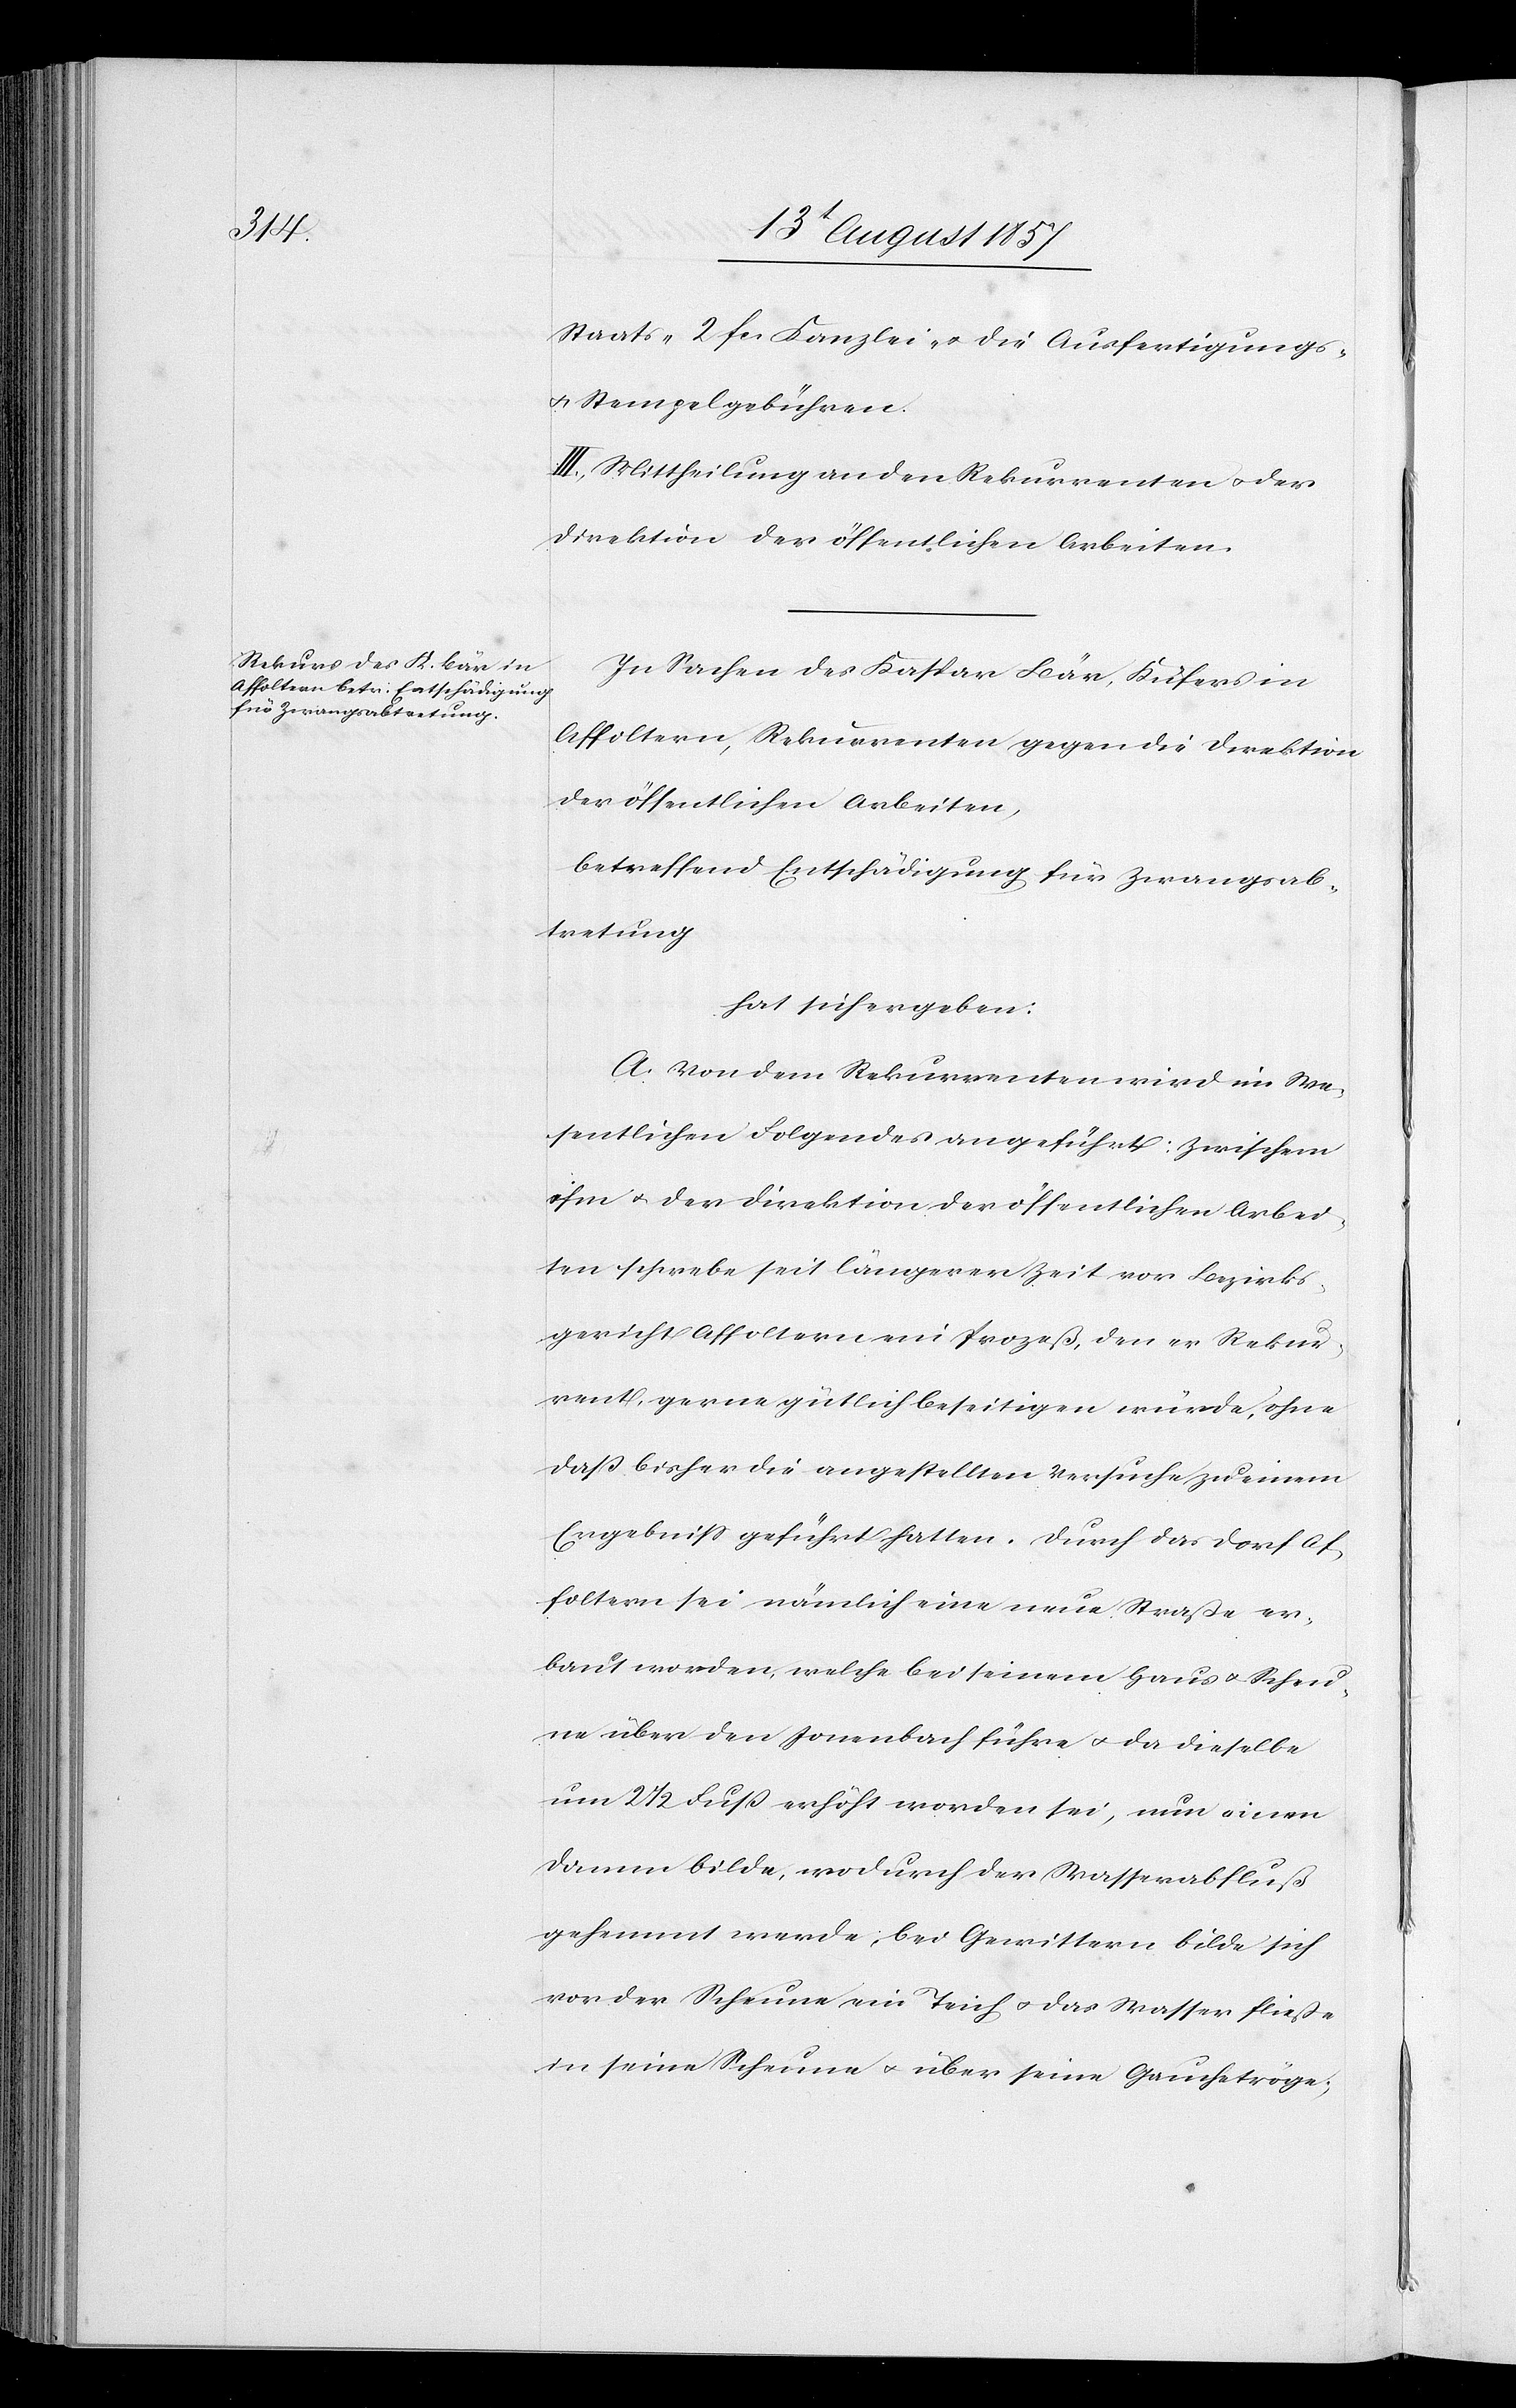
Staats-[,] 2 fcs Kanzlei- & die Ausfertigungs-
& Stempelgebühren.
III. Mittheilung an den Rekurrenten & der
Direktion der öffentlichen Arbeiten.
In Sachen des Kaspar Bär, Küfers in
Affoltern, Rekurrenten gegen die Direktion
der öffentlichen Arbeiten,
betreffend Entschädigung für Zwangsab¬
tretung
hat sich ergeben:
A. Von dem Rekurrenten wird im We¬
sentlichen Folgendes angeführt: zwischen
ihm & der Direktion der öffentlichen Arbei¬
ten schwebe seit längerer Zeit vor Bezirks¬
gericht Affoltern ein Prozeß, den er Rekur¬
rent, gerne gütlich beseitigen würde, ohne
daß bisher die angestellten Versuche zu einem
Ergebniß geführt hatten. Durch das Dorf Af¬
foltern sei nämlich eine neue Straße er¬
baut worden, welche bei seinem Haus & Scheu¬
ne über den Jonenbach führe & da dieselbe
um 2 1/2 Fuß erhöht worden sei, nun einen
Damm bilde, wodurch der Wasserabfluß
gehemmt werde, bei Gewitter bilde sich
vor der Scheune ein Teich & das Wasser fließe
in seine Scheune & über seine Gauchetröge;